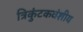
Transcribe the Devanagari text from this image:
त्रिकुंटकवंशीय